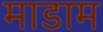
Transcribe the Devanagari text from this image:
माडाम